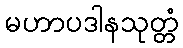
မဟာပဒါနသုတ္တံ